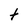
Character: t